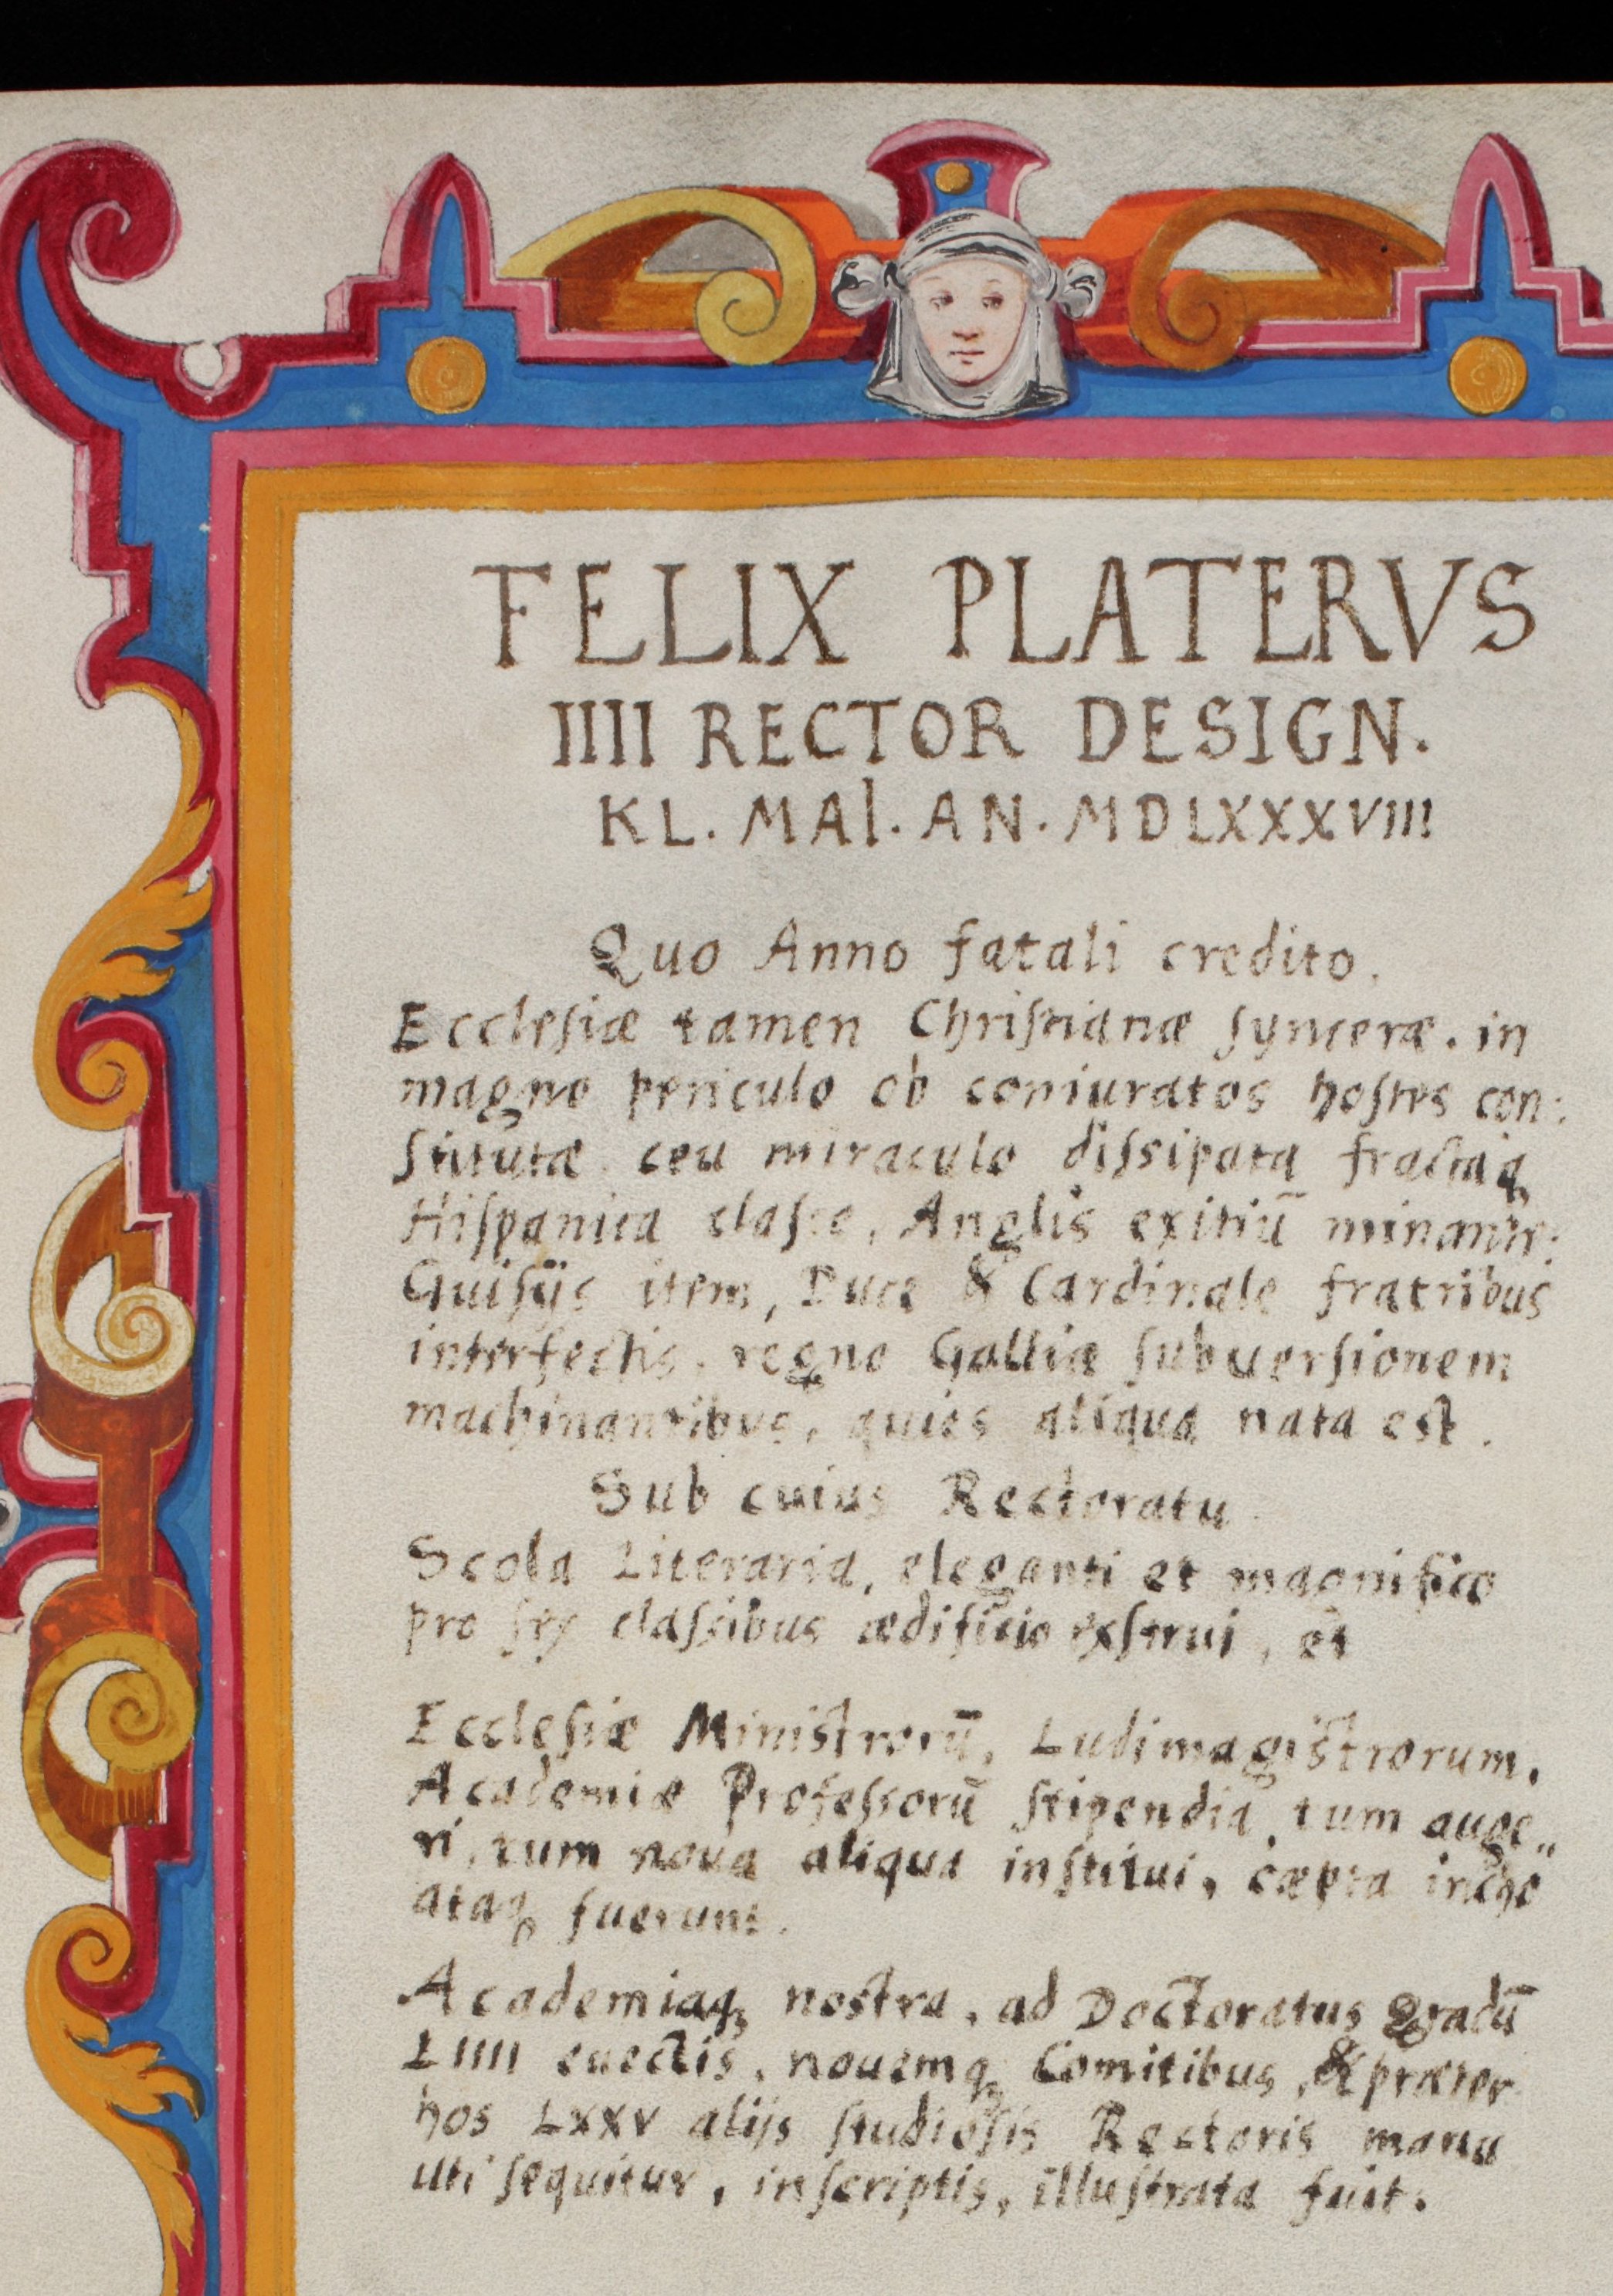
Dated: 1568–1653